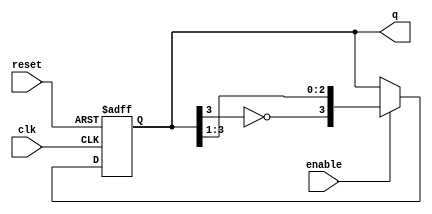
module johnson_counter #(
    parameter N = 4  // Number of flip-flops (stages)
)(
    input wire clk,          // Clock input
    input wire reset,        // Asynchronous reset
    input wire enable,       // Enable signal
    output reg [N-1:0] q     // Counter output
);

// Internal signal for the inverted output of the last flip-flop
wire feedback;

// Assign feedback to the inverted output of the last flip-flop
assign feedback = ~q[N-1];

// Always block for the Johnson counter operation
always @(posedge clk or posedge reset) begin
    if (reset) begin
        q <= 0;  // Reset the counter to 0
    end else if (enable) begin
        // Shift the state according to Johnson counter rules
        q <= {feedback, q[N-1:1]};
    end
    // If enable is low, the counter retains its state
end

endmodule